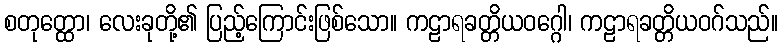
စတုတ္ထော၊ လေးခုတို့၏ ပြည့်ကြောင်းဖြစ်သော။ ကဠာရခတ္တိယဝဂ္ဂေါ၊ ကဠာရခတ္တိယဝဂ်သည်။